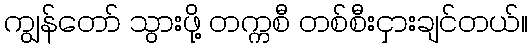
ကျွန်တော် သွားဖို့ တက္ကစီ တစ်စီးငှားချင်တယ်။